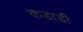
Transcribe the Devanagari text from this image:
कडाडी